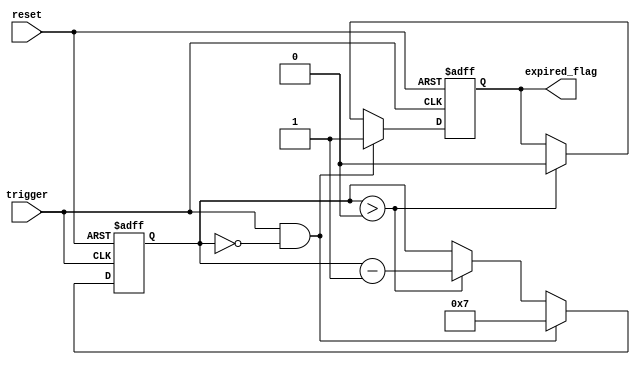
module one_shot_timer (
  input trigger,
  input reset,
  output reg expired_flag
);

reg [7:0] counter;

always @ (posedge trigger or posedge reset) begin
  if (reset) begin
    counter <= 8'd0;
    expired_flag <= 1'b0;
  end else if (trigger && (counter == 8'd0)) begin
    counter <= 8'd7;
    expired_flag <= 1'b1;
  end else if (counter > 8'd0) begin
    counter <= counter - 1;
    expired_flag <= 1'b0;
  end
end

endmodule